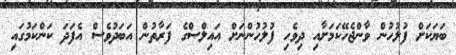
ބަޔަކަށް ފުލުހުން ވާންޖެހޭކަމަށާއި ދިވެހި ފުލުހުންނަށް އައިލްސްގެ ފަރާތުން އަބަދުވެސް އެފަދަ ކަންކަމުގައި